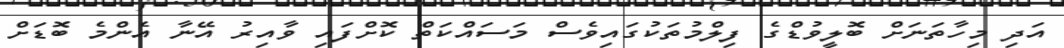
އަދި މިހާތަނަށް ބޮލީވުޑްގެ ފިލްމުތަކުގައިވެސް މަސައްކަތް ކޮށްފައި ވާއިރު އޭނާ އެންމެ ބޮޑަށް